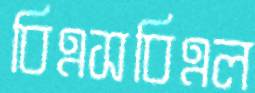
বিএসবিএল